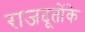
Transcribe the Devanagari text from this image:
राजदूतोंके